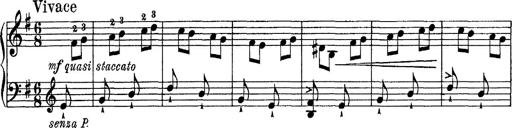
Title: Tarantelle di bravura dâ€™aprÃ¨s la tarantelle de La muette de Portici
Composer: Franz Liszt